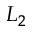
L _ { 2 }